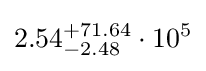
{2.54}_{-2.48}^{+71.64}\cdot 10^{5}